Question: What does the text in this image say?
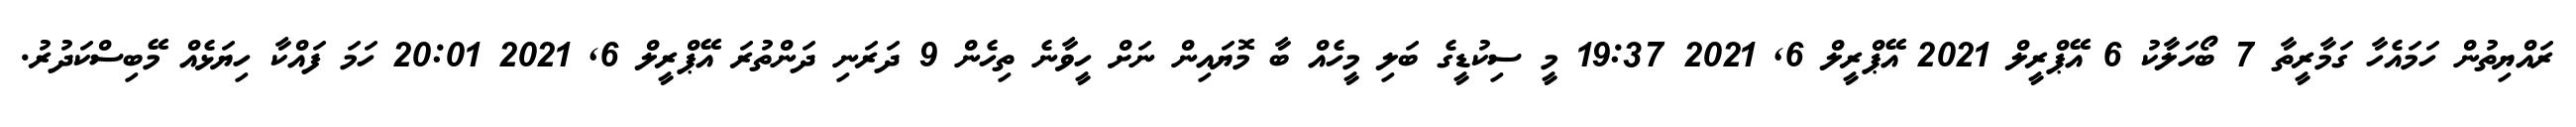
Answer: ރައްޔިތުން ހަމައެހާ ގަމާރީތާ 7 ބޯހަލާކު 6 އޭޕްރީލް 2021 އޭޕްރީލް 6, 2021 19:37 މީ ސިކުޑީގެ ބަލި މީހެއް ބާ މޮޔައިން ނަށް ހީވާނެ ތިހެން 9 ދަރަނި ދަންތުރަ އޭޕްރީލް 6, 2021 20:01 ހަމަ ފައްކާ ހިޔަޅެއް މޭބިސްކަދުރު.